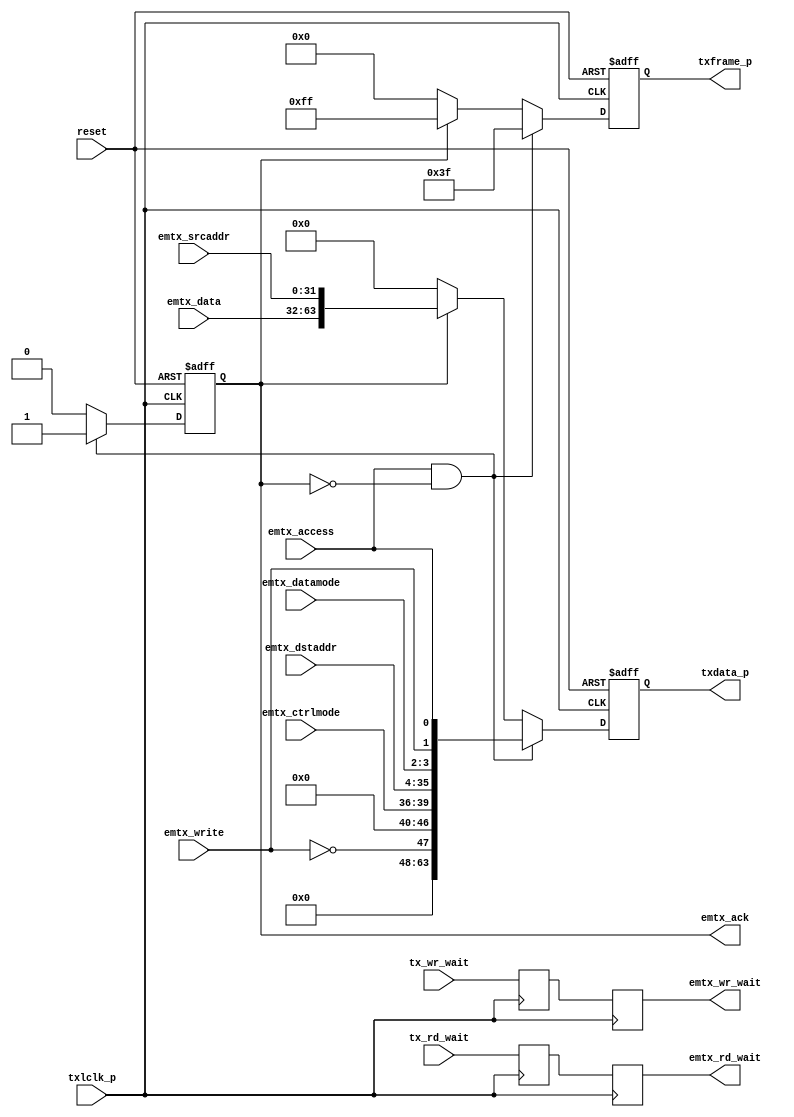
module eproto_tx (/*AUTOARG*/
   // Outputs
   emtx_rd_wait, emtx_wr_wait, emtx_ack, txframe_p, txdata_p,
   // Inputs
   reset, emtx_access, emtx_write, emtx_datamode, emtx_ctrlmode,
   emtx_dstaddr, emtx_srcaddr, emtx_data, txlclk_p, tx_rd_wait,
   tx_wr_wait
   );

   // System reset input
   input         reset;

   // Input from TX Arbiter
   input         emtx_access;
   input         emtx_write;
   input [1:0]   emtx_datamode;
   input [3:0]   emtx_ctrlmode;
   input [31:0]  emtx_dstaddr;
   input [31:0]  emtx_srcaddr;
   input [31:0]  emtx_data;
   output        emtx_rd_wait;
   output        emtx_wr_wait;
   output        emtx_ack;
   
   // Parallel interface, 8 eLink bytes at a time
   input         txlclk_p; // Parallel-rate clock from eClock block
   output [7:0]  txframe_p;
   output [63:0] txdata_p;
   input         tx_rd_wait;  // The wait signals are passed through
   input         tx_wr_wait;  // to the emesh interfaces
   
   //#############
   //# Configuration bits
   //#############

   //############
   //# Local regs & wires
   //############
   reg           emtx_ack;  // Acknowledge transaction
   reg [7:0]     txframe_p;
   reg [63:0]    txdata_p;
   
   //############
   //# Logic
   //############

   // TODO: Bursts

   always @( posedge txlclk_p or posedge reset ) begin

      if( reset ) begin

         emtx_ack    <= 1'b0;
         txframe_p   <= 'd0;
         txdata_p    <= 'd0;

      end else begin

         if( emtx_access & ~emtx_ack ) begin

            emtx_ack  <= 1'b1;
            txframe_p <= 8'h3F;
            txdata_p  <=
               { 8'd0,  // Not used
                 8'd0,
                 ~emtx_write, 7'd0,   // B0- TODO: For bursts, add the inc bit
                 emtx_ctrlmode, emtx_dstaddr[31:28], // B1
                 emtx_dstaddr[27:4],  // B2, B3, B4
                 emtx_dstaddr[3:0], emtx_datamode, emtx_write, emtx_access // B5
                 };
         end else if( emtx_ack ) begin // if ( emtx_access & ~emtx_ack )

            emtx_ack  <= 1'b0;
            txframe_p <= 8'hFF;
            txdata_p  <= { emtx_data, emtx_srcaddr };
            
         end else begin

            emtx_ack    <= 1'b0;
            txframe_p <= 8'h00;
            txdata_p  <= 64'd0;

         end

      end // else: !if( reset )
   end // always @ ( posedge txlclk_p or reset )
   
   //#############################
   //# Wait signals
   //#############################

   reg     rd_wait_sync;
   reg     wr_wait_sync;
   reg     emtx_rd_wait;
   reg     emtx_wr_wait;
   
   always @( posedge txlclk_p ) begin
      rd_wait_sync <= tx_rd_wait;
      emtx_rd_wait <= rd_wait_sync;
      wr_wait_sync <= tx_wr_wait;
      emtx_wr_wait <= wr_wait_sync;
   end
            
endmodule